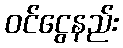
ဝင်ငွေနည်း